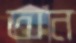
তান